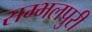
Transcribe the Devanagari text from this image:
सम्भलपुरी